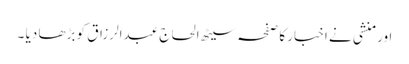
اور منشی نے اخبار کا صفحہ سیٹھ الحاج عبدالرزاق کو بڑھا دیا ۔